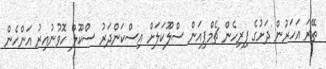
ތޭރަ އަހަރުން ދަށުގެ ފިރިހެން ޗެމްޕިއަން ސްލޫކަލަށް އިސްކަންދަރު ސްކޫލް ހޮވުނުއިރު އަންހެން